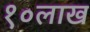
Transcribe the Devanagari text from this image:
१०लाख